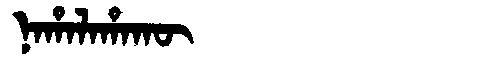
Manchu: ᠨᠠᡥᠠᠯᠠᡥᠠᡴᡡ
Romanization: NAHALAHAKŪ